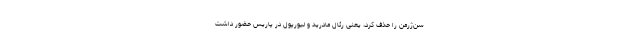
سن‌ژرمن را حذف کرد، یعنی رئال مادرید و لیورپول در پاریس حضور داشت